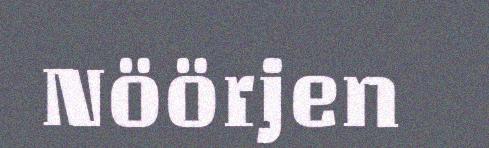
Nöörjen